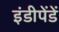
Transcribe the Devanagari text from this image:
इंडीपेंडें